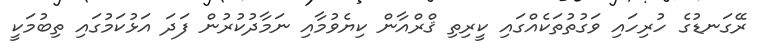
ރޭގަނޑުގެ ހުރިހައި ވަގުތުތަކެއްގައި ކީރިތި ޤްރްއާން ކިޔެވުމާއި ނަމާދުކުރުން ފަދަ އަޅުކަމުގައި ތިބުމަކީ